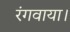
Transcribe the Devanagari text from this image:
रंगवाया।